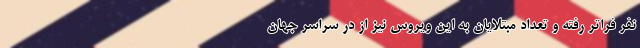
نفر فراتر رفته و تعداد مبتلایان به این ویروس نیز از در سراسر جهان